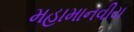
મહામાનવીય